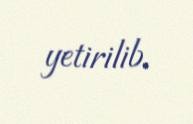
yetirilib.